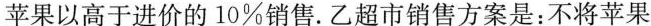
苹果以高于进价的/10%销售。乙超市销售方案是：不将苹果